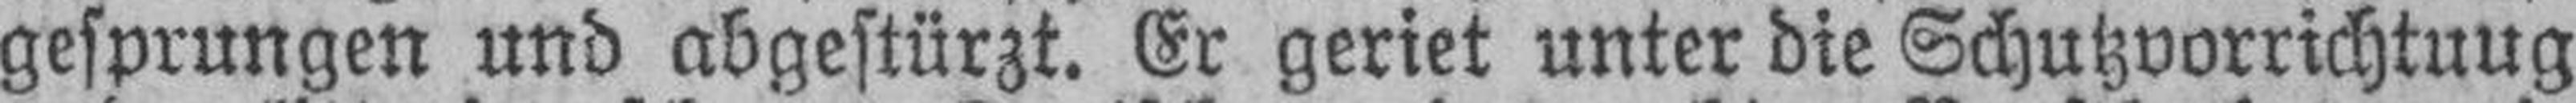
gesprungen und abgestürzt. Er geriet unter die Schutzvorrichtung